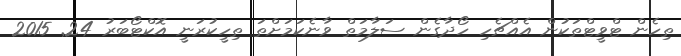
ތިހެން ޓްވީޓްތަކުން އެއްޗެހި ހޯދާގެން ސަލާމަތް ވާނެކަމަށްތަ ތިހީކުރަނީ އޮކްޓޯބަރު 24